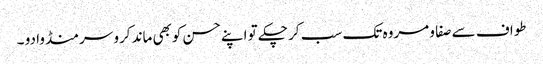
طواف سے صفا و مروہ تک سب کر چکے تو اپنے حسن کوبھی ماند کرو سر منڈوا دو ۔